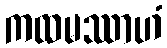
ကထမဿာဟံ